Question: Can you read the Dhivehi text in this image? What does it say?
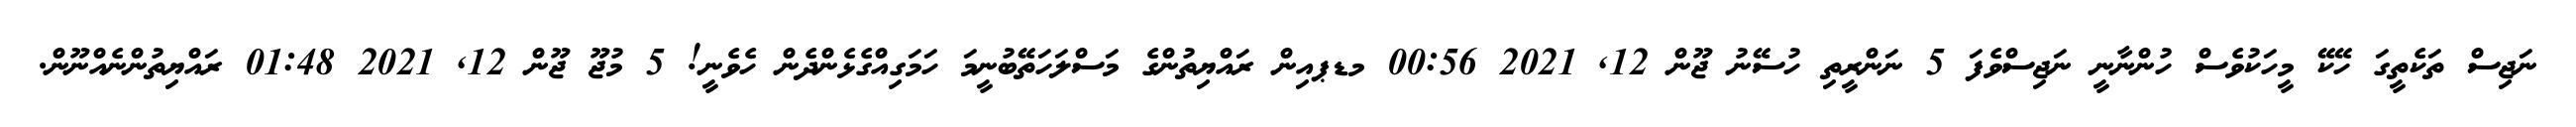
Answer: ނަޖިސް ތަކެތީގަ ހޭކޭ މީހަކުވެސް ހުންނާނީ ނަޖިސްވެފަ 5 ނަންރީތި ހުސޭނު ޖޫން 12, 2021 00:56 މޑޕއިން ރައްޔިތުންގެ މަސްލަހަތޭބުނީމަ ހަމަގިއްގެޅެންދެން ހެވެނީ! 5 މުޖޫ ޖޫން 12, 2021 01:48 ރައްޔިތުންނެއްނޫން.